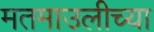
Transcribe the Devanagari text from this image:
मतमाउलीच्या